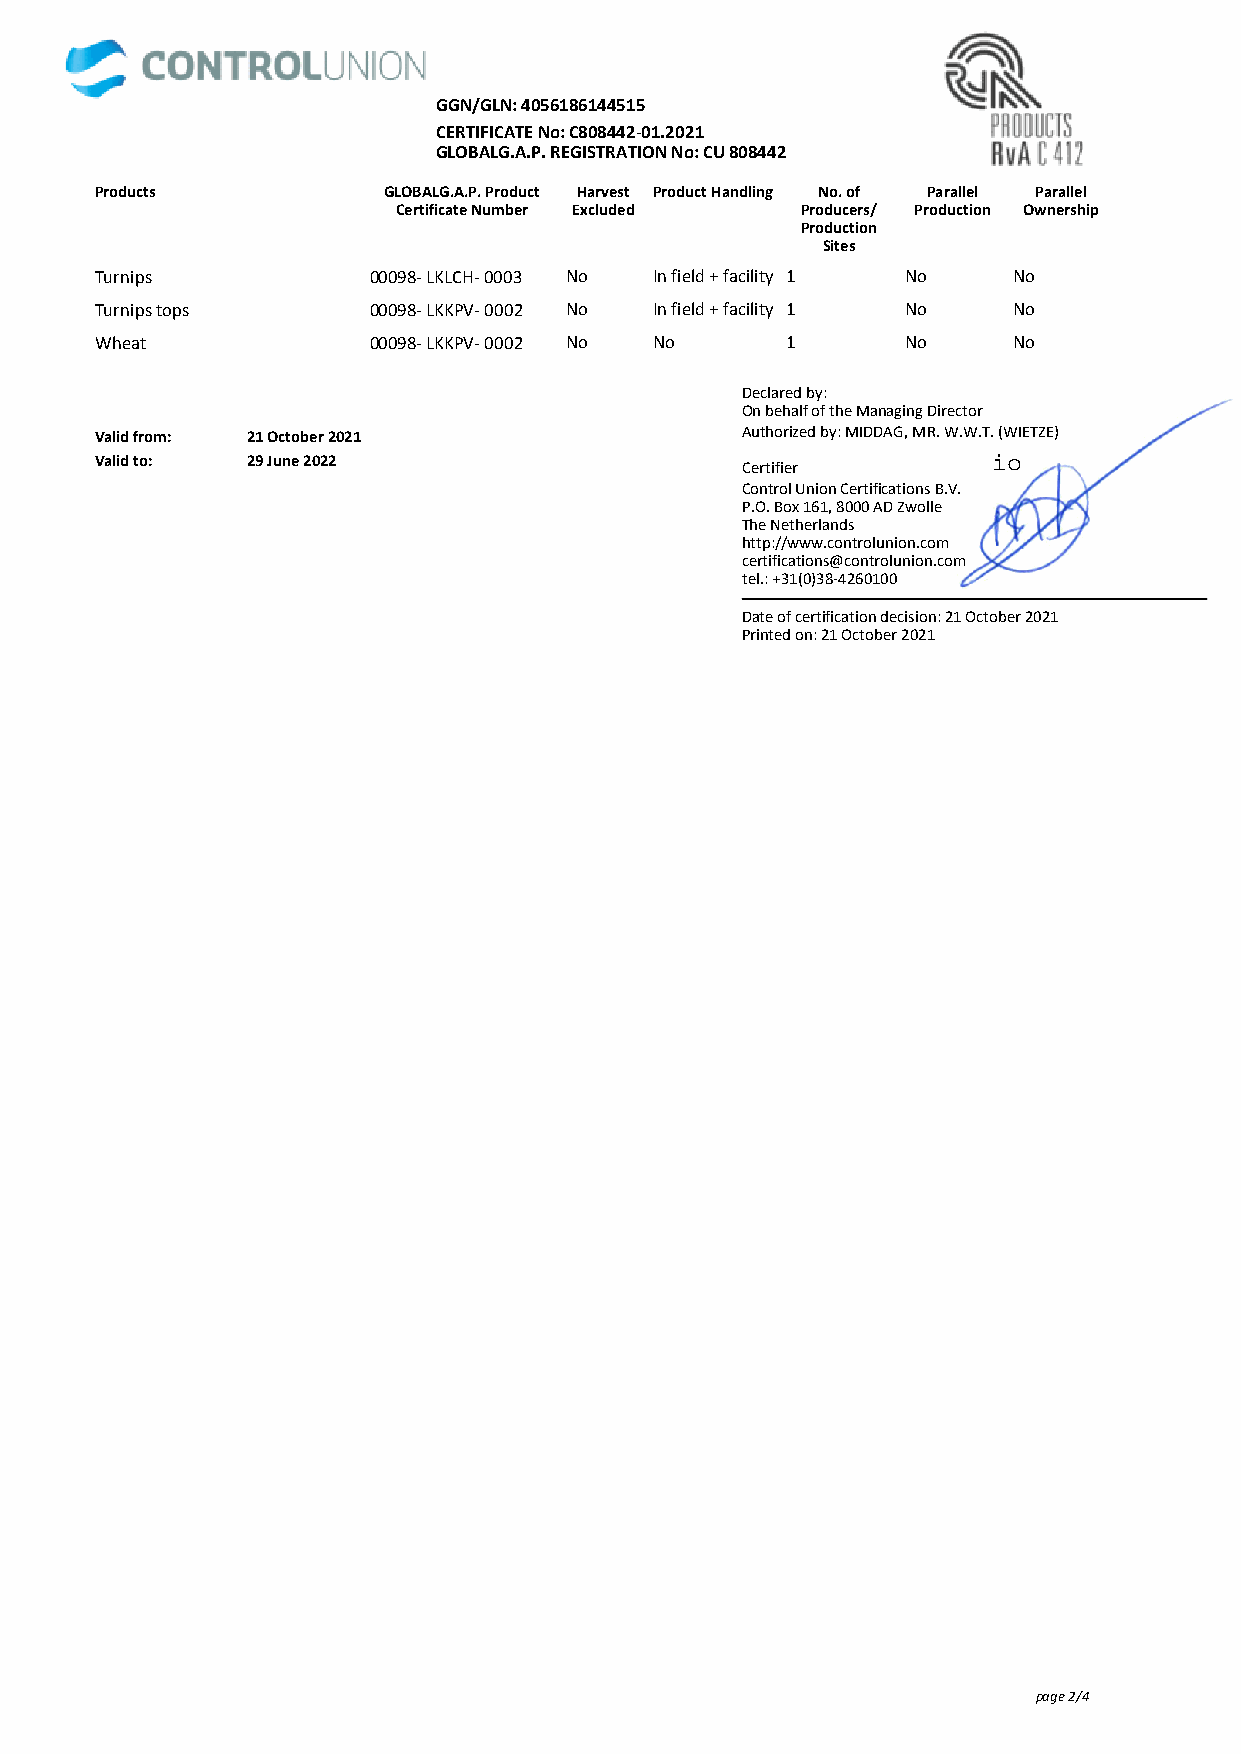
GGN/GLN: 4056186144515
 CERTIFICATE No: C808442-01.2021
 GLOBALG.A.P. REGISTRATION No: CU 808442
 Products           GLOBALG.A.P. Product Harvest Product Handling No. of Parallel Parallel
 Certificate Number Excluded Producers/ Production Ownership
 Production
 Sites
 Turnips           00098- LKLCH- 0003 No In field + facility 1 No No
 Turnips tops      00098- LKKPV- 0002 No In field + facility 1 No No
 Wheat             00098- LKKPV- 0002 No No    1       No     No
 Declared by:
 On behalf of the Managing Director
 Valid from: 21 October 2021                Authorized by: MIDDAG, MR. W.W.T. (WIETZE)
 Valid to: 29 June 2022
 Certifier
 Control Union Certifications B.V.
 P.O. Box 161, 8000 AD Zwolle
 The Netherlands
 http://www.controlunion.com
 certifications@controlunion.com
 tel.: +31(0)38-4260100
 Date of certification decision: 21 October 2021
 Printed on: 21 October 2021
 page 2/4